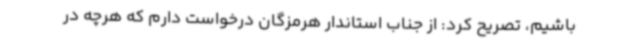
باشیم، تصریح کرد: از جناب استاندار هرمزگان درخواست دارم که هرچه در